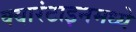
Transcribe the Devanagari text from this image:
क्वारंटाइनमध्ये